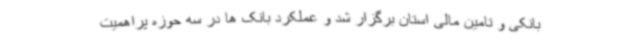
بانکی و تامین مالی استان برگزار شد و عملکرد بانک ها در سه حوزه پراهمیت